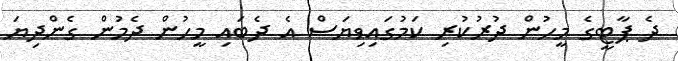
ދެ ޕާޓީގެ މީހުން ދުރުކުރި ކަމުގައިވިޔަސް އެ ދެބައި މީހުން ދެމުން ގެންދިޔަ